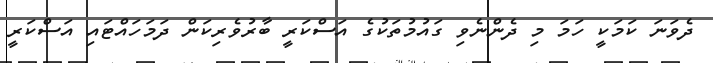
ދެވަނަ ކަމަކީ ހަމަ މި ދެންނެވި ގައުމުތަކުގެ އަސްކަރީ ބާރުވެރިކަން ދަމަހައްޓައި އަސްކަރީ